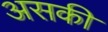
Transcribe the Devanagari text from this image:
असकी